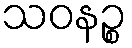
သဝနဉ္စ